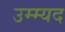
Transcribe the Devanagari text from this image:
उम्म्यद